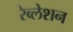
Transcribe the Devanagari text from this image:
रेव्लेशन